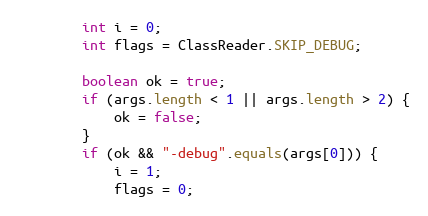
Language: Java
        int i = 0;
        int flags = ClassReader.SKIP_DEBUG;

        boolean ok = true;
        if (args.length < 1 || args.length > 2) {
            ok = false;
        }
        if (ok && "-debug".equals(args[0])) {
            i = 1;
            flags = 0;